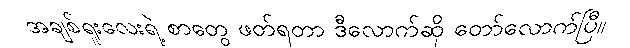
အချစ်ရူးလေးရဲ့ စာတွေ ဖတ်ရတာ ဒီလောက်ဆို တော်လောက်ပြီ။